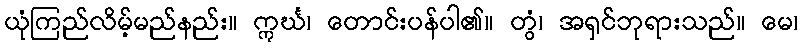
ယုံကြည်လိမ့်မည်နည်း။ ဣင်္ဃ၊ တောင်းပန်ပါ၏။ တွံ၊ အရှင်ဘုရားသည်။ မေ၊